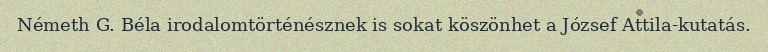
Németh G. Béla irodalomtörténésznek is sokat köszönhet a József Attila-kutatás.